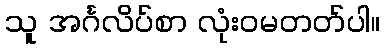
သူ အင်္ဂလိပ်စာ လုံးဝမတတ်ပါ။